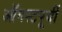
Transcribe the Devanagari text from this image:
ऑगस्टपूर्वी